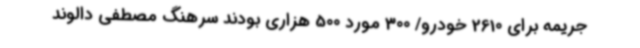
جریمه برای 2610 خودرو/ 300 مورد 500 هزاری بودند سرهنگ مصطفی دالوند